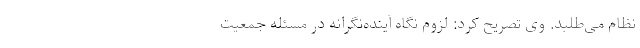
نظام می‌طلبد. وی تصریح کرد: لزوم نگاه آینده‌نگرانه در مسئله جمعیت